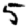
Digit: 5